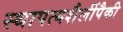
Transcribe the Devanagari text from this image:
स्थापत्यशैलींपैकी